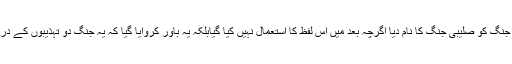
دہشت گردی کے خلاف جنگ کی شروعات میں امریکی صدر جارج بُش نے اس جنگ کو صلیبی جنگ کا نام دیا اگرچہ بعد میں اس لفظ کا استعمال نہیں کیا گیابلکہ یہ باور کروایا گیا کہ یہ جنگ دو تہذیبوں کے درمیان نہیں بلکہ پوری دنیا سے دہشت گردی کے خاتمہ کے لئیے لڑی جارہی ہے۔